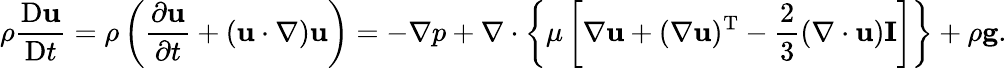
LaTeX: \rho{\frac{\mathrm{D}\mathbf{u}}{\mathrm{D}t}}=\rho\left({\frac{\partial\mathbf{u}}{\partial t}}+(\mathbf{u}\cdot\nabla)\mathbf{u}\right)=-\nabla p+\nabla\cdot\left\{ \mu\left[\nabla\mathbf{u}+(\nabla\mathbf{u})^{\mathrm{T}}-{\frac{2}{3}}(\nabla\cdot\mathbf{u})\mathbf{I}\right]\right\} +\rho\mathbf{g}.